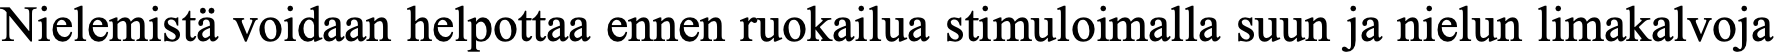
Nielemistä voidaan helpottaa ennen ruokailua stimuloimalla suun ja nielun limakalvoja